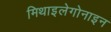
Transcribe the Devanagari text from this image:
मिथाइलेगोनाइन